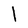
Character: l